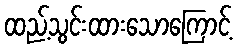
ထည့်သွင်းထားသောကြောင့်